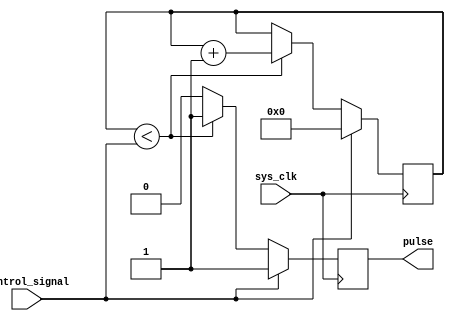
module variable_pulse_width_generator (
  input sys_clk,
  input control_signal,
  output reg pulse
);

reg [31:0] pulse_width_counter;

always @(posedge sys_clk) begin
  if (control_signal) begin
    pulse <= 1;
    pulse_width_counter <= 32'b0;
  end else begin
    if (pulse_width_counter < control_signal) begin
      pulse <= 1;
      pulse_width_counter <= pulse_width_counter + 1;
    end else begin
      pulse <= 0;
    end
  end
end

endmodule